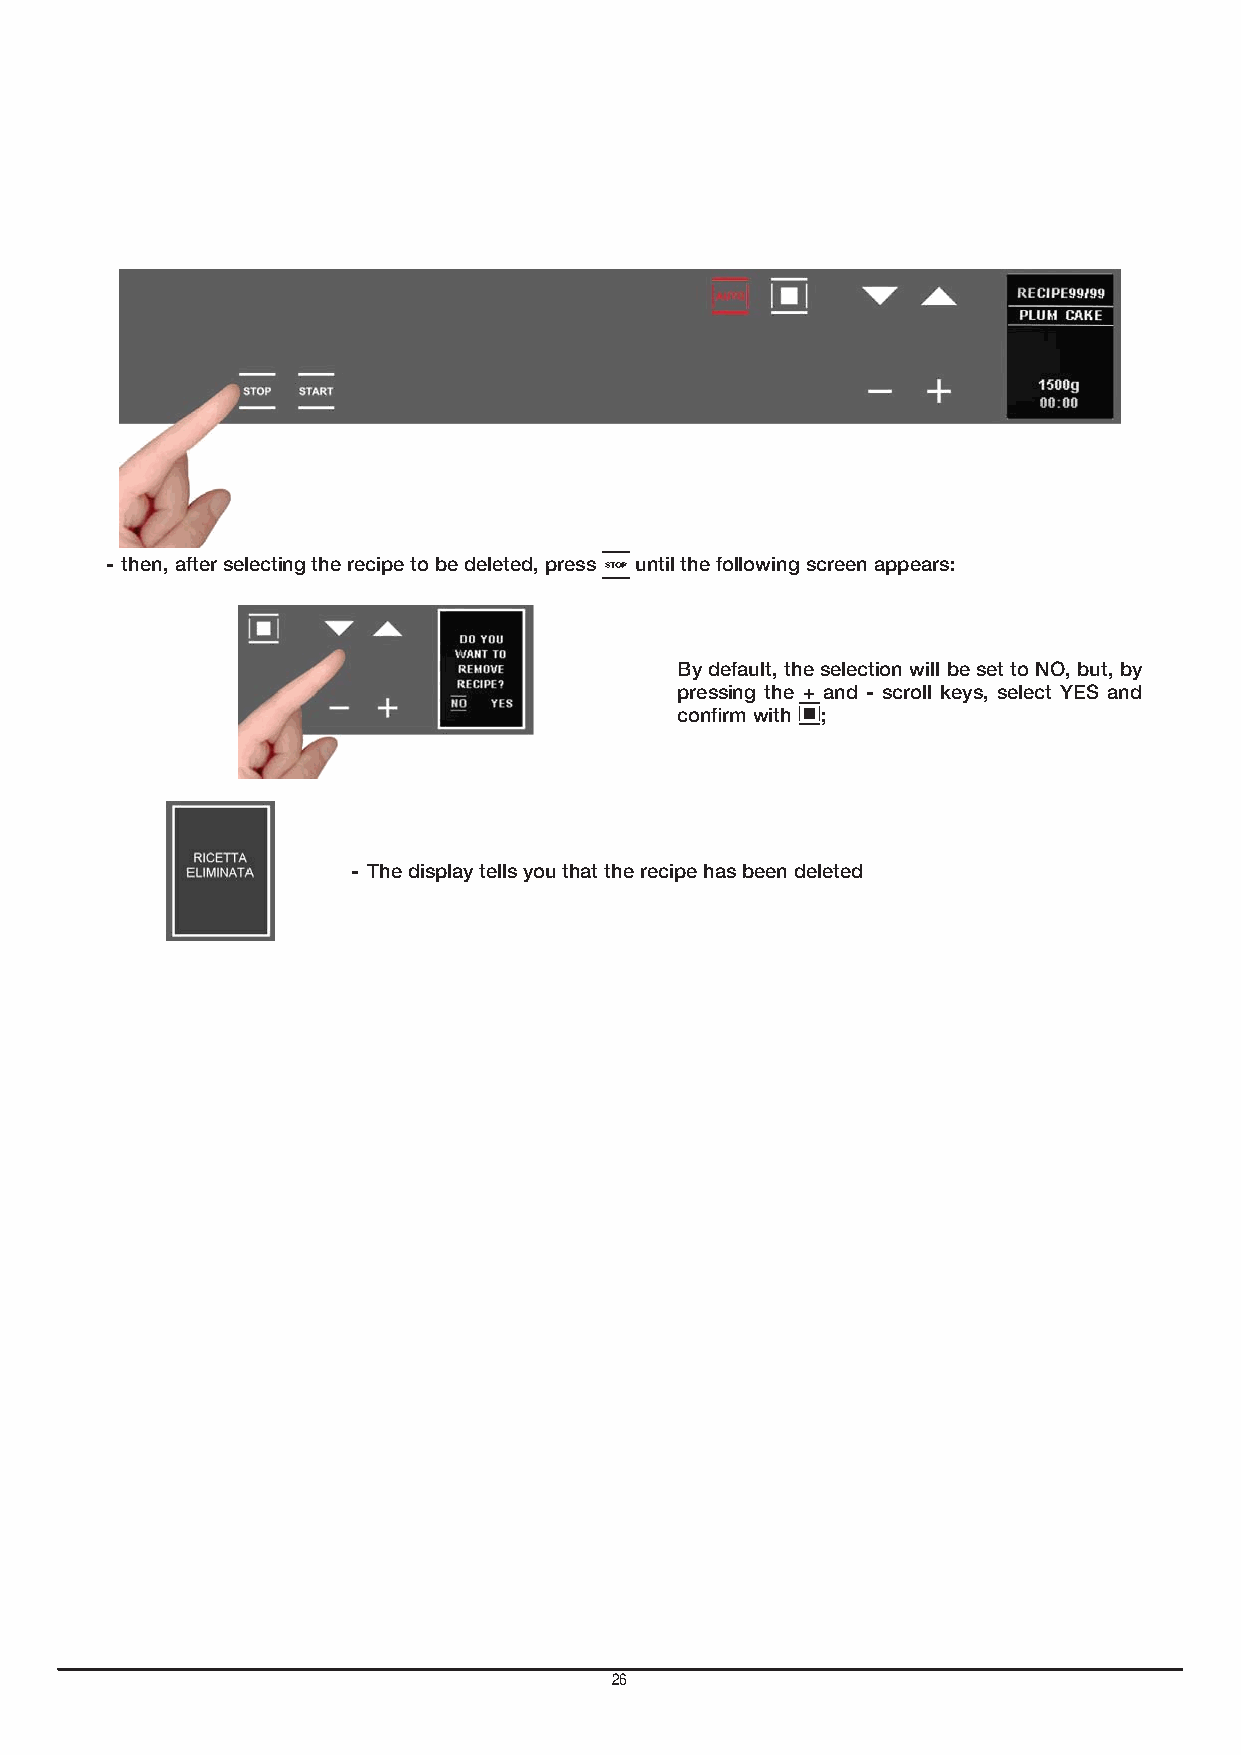
GB
 - then, after selecting the recipe to be deleted, press until the following screen appears:
 By default, the selection will be set to NO, but, by
 pressing the + and - scroll keys, select YES and
 confirm with ;
 - The display tells you that the recipe has been deleted
 26